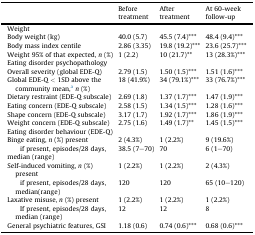
|  | Before treatment | After treatment | At 60-week follow-up |
 | --- | --- | --- | --- |
 | <COLSPAN=4> Weight |
 | Body weight (kg) | 40.0 (5.7) | 45.5 (7.4)*** | 48.4 (9.4)*** |
 | Body mass index centile | 2.86 (3.35) | 19.8 (19.2)*** | 23.6 (25.7)*** |
 | Weight 95% of that expected, n (%) | 1 (2.2) | 10 (21.7)** | 13 (28.3%)*** |
 | <COLSPAN=4> Eating disorder psychopathology |
 | Overall severity (global EDE-Q) | 2.79 (1.5) | 1.50 (1.5)*** | 1.51 (1.6)*** |
 | Global EDE-Q < 1SD above the community mean,an (%) | 18 (41.9%) | 34 (79.1%)*** | 33 (76.7%)*** |
 | Dietary restraint (EDE-Q subscale) | 2.69 (1.8) | 1.37 (1.7)*** | 1.47 (1.9)*** |
 | Eating concern (EDE-Q subscale) | 2.58 (1.5) | 1.34 (1.5)*** | 1.28 (1.6)*** |
 | Shape concern (EDE-Q subscale) | 3.17 (1.7) | 1.92 (1.7)*** | 1.86 (1.9)*** |
 | Weight concern (EDE-Q subscale) | 2.75 (1.6) | 1.49 (1.7)** | 1.45 (1.5)*** |
 | <COLSPAN=4> Eating disorder behaviour (EDE-Q) |
 | Binge eating, n (%) present | 2 (4.3%) | 1 (2.2%) | 9 (19.6%) |
 | if present, episodes/28 days, median (range) | 38.5 (7–70) | 70 | 6 (1–70) |
 | Self-induced vomiting, n (%) present | 1 (2.2%) | 1 (2.2%) | 2 (4.3%) |
 | if present, episodes/28 days, median(range) | 120 | 120 | 65 (10–120) |
 | Laxative misuse, n (%) present | 1 (2.2%) | 1 (2.2%) | 1 (2.2%) |
 | If present, episodes/28 days, median (range) | 12 | 12 | 8 |
 | General psychiatric features, GSI | 1.18 (0.6) | 0.74 (0.6)*** | 0.68 (0.6)*** |